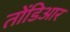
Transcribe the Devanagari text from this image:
तोंडिआर